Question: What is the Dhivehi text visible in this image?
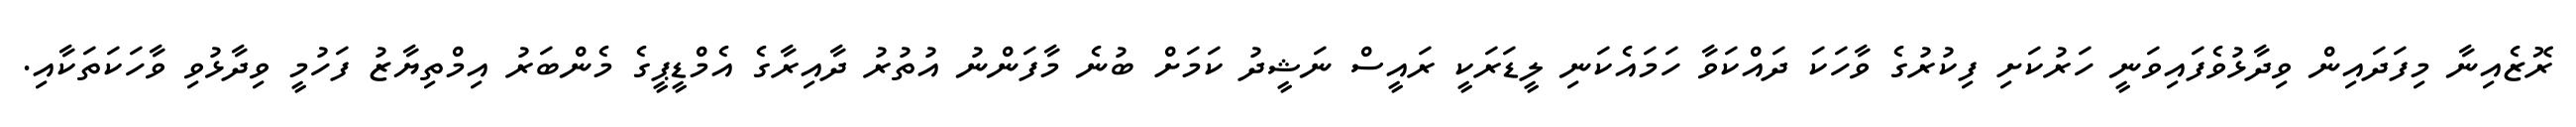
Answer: ރޮޒެއިނާ މިފަދައިން ވިދާޅުވެފައިވަނީ ހަރުކަށި ފިކުރުގެ ވާހަކަ ދައްކަވާ ހަމައެކަނި ލީޑަރަކީ ރައީސް ނަޝީދު ކަމަށް ބުނެ މާފަންނު އުތުރު ދާއިރާގެ އެމްޑީޕީގެ މެންބަރު އިމްތިޔާޒު ފަހުމީ ވިދާޅުވި ވާހަކަތަކާއި.